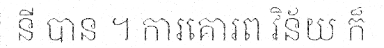
នី បាន ។ ការគោរព វិន័យ ក៏